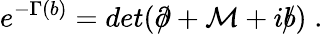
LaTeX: e^{-\Gamma(b)}=det(\partial\! \! \! /+\mathcal{M}+ib\! \! \! /)\; .